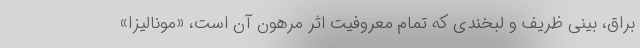
براق، بینی ظریف و لبخندی که تمام معروفیت اثر مرهون آن است، «مونالیزا»